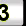
Digit: 3